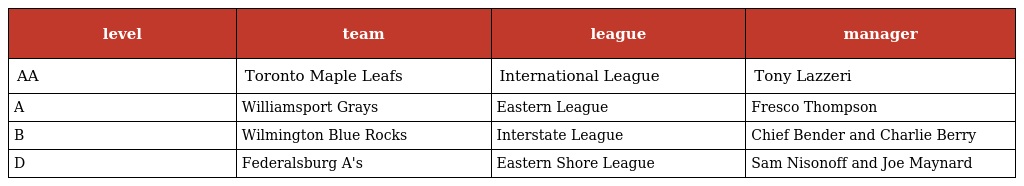
| level | team | league | manager |
 | --- | --- | --- | --- |
 | AA | Toronto Maple Leafs | International League | Tony Lazzeri |
 | A | Williamsport Grays | Eastern League | Fresco Thompson |
 | B | Wilmington Blue Rocks | Interstate League | Chief Bender and Charlie Berry |
 | D | Federalsburg A's | Eastern Shore League | Sam Nisonoff and Joe Maynard |